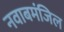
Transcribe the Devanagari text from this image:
नवाबमंजिल